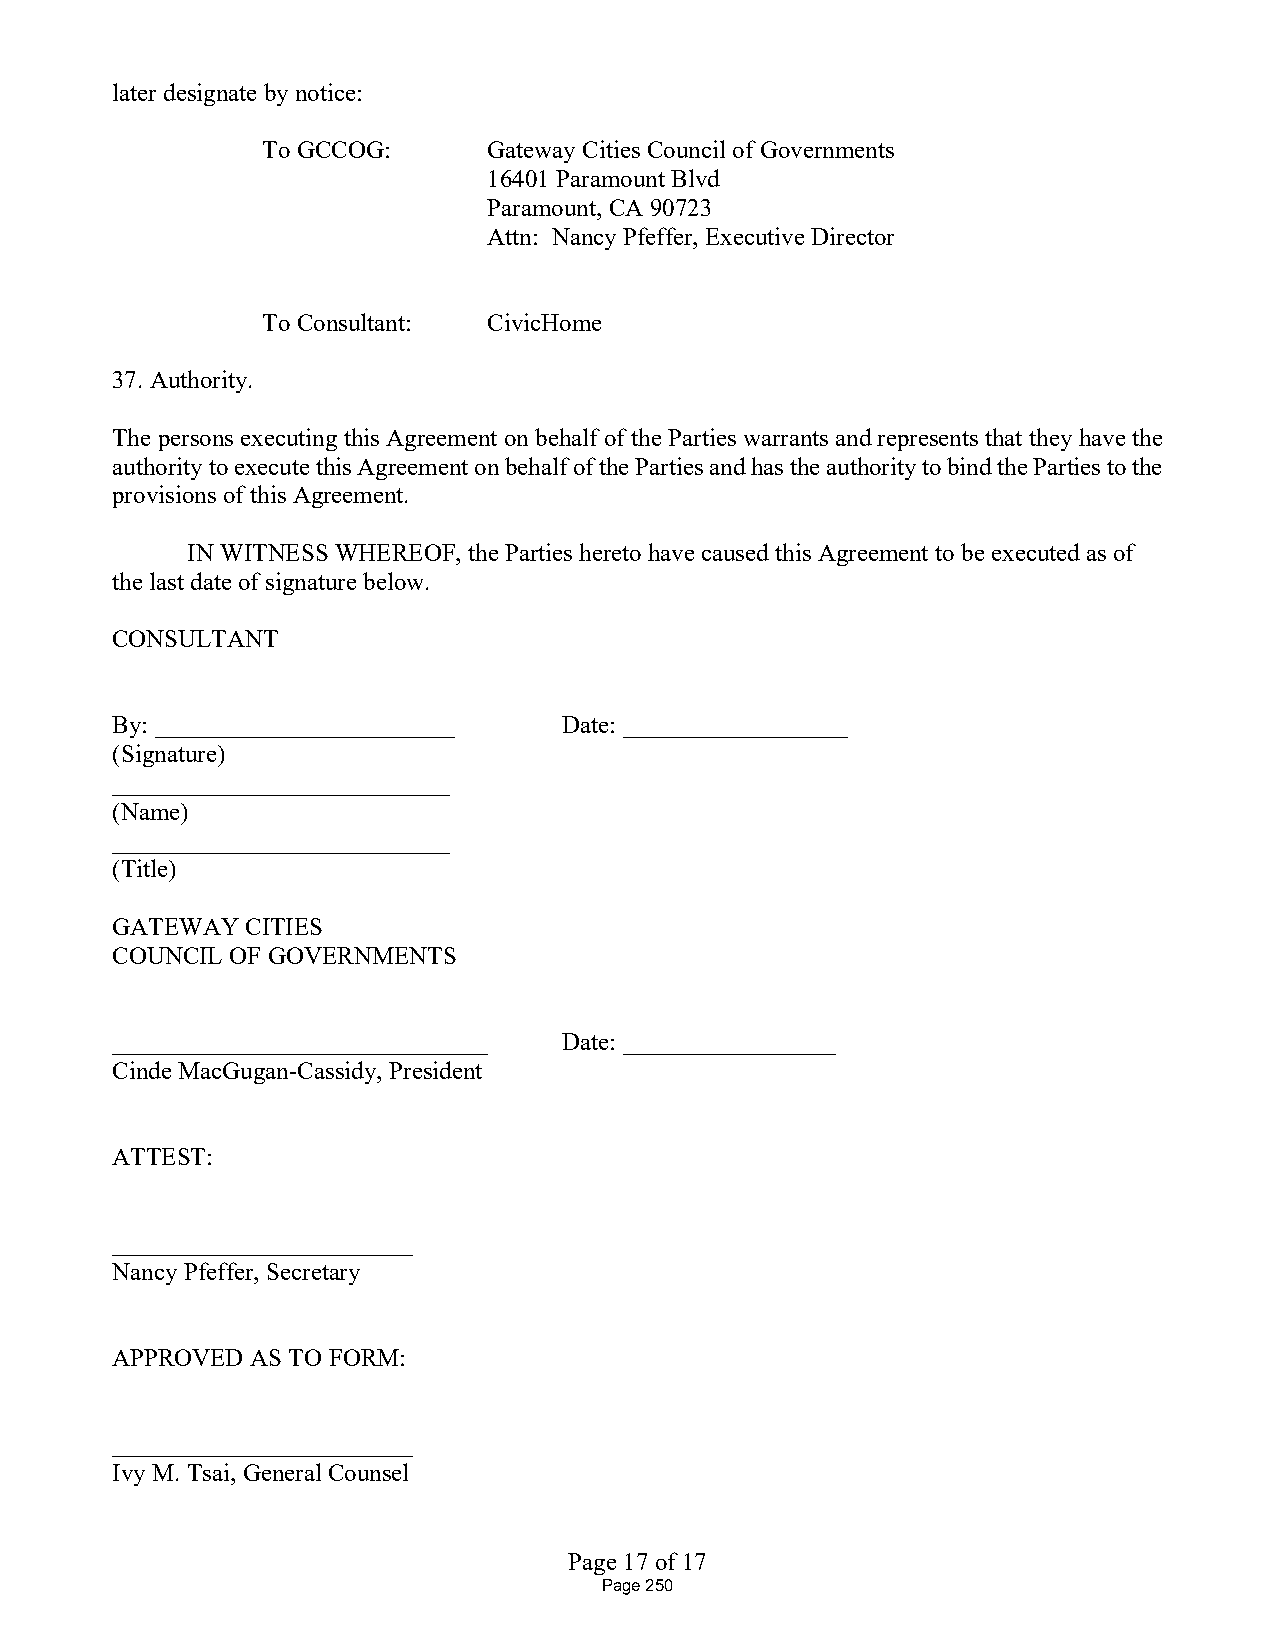
later designate by notice:
 To GCCOG:      Gateway Cities Council of Governments
 16401 Paramount Blvd
 Paramount, CA 90723
 Attn: Nancy Pfeffer, Executive Director
 To Consultant: CivicHome
 37. Authority.
 The persons executing this Agreement on behalf of the Parties warrants and represents that they have the
 authority to execute this Agreement on behalf of the Parties and has the authority to bind the Parties to the
 provisions of this Agreement.
 IN WITNESS WHEREOF, the Parties hereto have caused this Agreement to be executed as of
 the last date of signature below.
 CONSULTANT
 By: ________________________  Date: __________________
 (Signature)
 ___________________________
 (Name)
 ___________________________
 (Title)
 GATEWAY  CITIES
 COUNCIL OF GOVERNMENTS
 ______________________________ Date: _________________
 Cinde MacGugan-Cassidy, President
 ATTEST:
 ________________________
 Nancy Pfeffer, Secretary
 APPROVED  AS TO FORM:
 ________________________
 Ivy M. Tsai, General Counsel
 Page 17 of 17
 Page 250